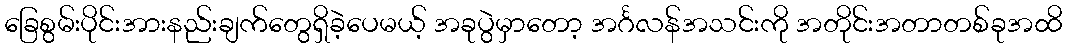
ခြေစွမ်းပိုင်းအားနည်းချက်တွေရှိခဲ့ပေမယ့် အခုပွဲမှာတော့ အင်္ဂလန်အသင်းကို အတိုင်းအတာတစ်ခုအထိ